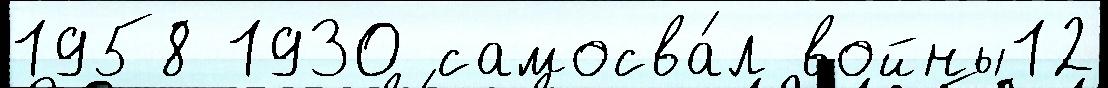
1958 1930 самосва́л войны12